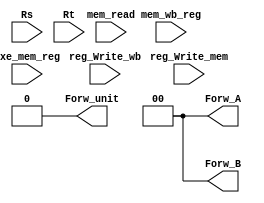
module Forw_Unit(input mem_read, reg_Write_mem, reg_Write_wb, input[4:0]Rs, Rt, exe_mem_reg, mem_wb_reg,output [1:0] Forw_A, Forw_B, output Forw_unit);
  
    //assign Forw_A = (reg_Write_mem == 1'b1)&&(Rs == exe_mem_reg) ? 3'b010 :((reg_Write_wb == 1'b1)&&(Rs == mem_wb_reg) ? 3'b001 : 3'b000);

    //assign Forw_B = (mem_read == 1'b0) ? ((reg_Write_mem == 1'b1)&&(Rt == exe_mem_reg) ? 3'b010 : ((reg_Write_wb == 1'b1)&&(Rt == mem_wb_reg) ? 3'b001 : 3'b000)) :3'b000;

    //assign Forw_unit = (Forw_A != 3'b000 || Forw_B != 3'b000) ? 1'b1 : 1'b0;
    assign Forw_A = 3'b000;
    assign Forw_B = 3'b000;
    assign Forw_unit = 1'b0;


endmodule